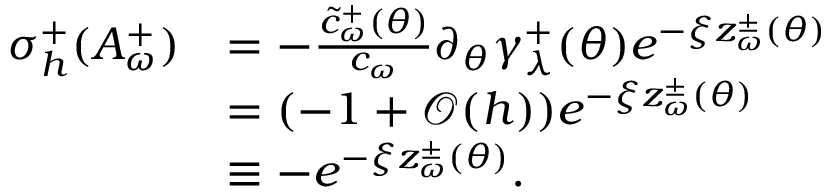
\begin{array} { r l } { \sigma _ { h } ^ { + } ( A _ { \omega } ^ { + } ) } & { = - \frac { \tilde { c } _ { \omega } ^ { + } ( \theta ) } { c _ { \omega } } \partial _ { \theta } \gamma _ { \lambda } ^ { + } ( \theta ) e ^ { - \xi z _ { \omega } ^ { \pm } ( \theta ) } } \\ & { = ( - 1 + \mathcal O ( h ) ) e ^ { - \xi z _ { \omega } ^ { \pm } ( \theta ) } } \\ & { \equiv - e ^ { - \xi z _ { \omega } ^ { \pm } ( \theta ) } . } \end{array}